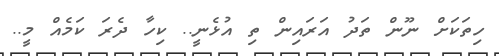
ހިތަކަށް ނޫން ތަދު އަރައިން ތި އުޅެނީ.. ކިހާ ދެރަ ކަމެއް މީ..